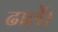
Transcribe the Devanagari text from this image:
ढालें।